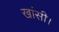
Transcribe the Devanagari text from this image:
खांसी।